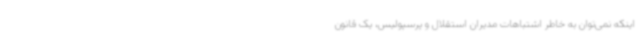
اینکه نمی‌توان به خاطر اشتباهات مدیران استقلال و پرسپولیس، یک قانون